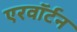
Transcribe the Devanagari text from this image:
एरवॉर्टन